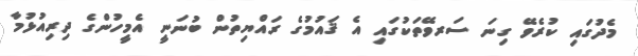
މެދުގައި ކުރެވޭ ގިނަ ސަރވޭތަކުގައި އެ ޤައުމުގެ ރައްޔިތުން ބުނަނީ އެމީހުންގެ ދިރިއުޅުމާ